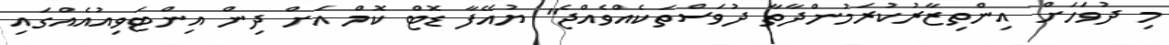
މި ދުވަހަށް އިންތިޒާރުކުރަމުންދާތާ ދުވަސްތަކެއްވެއްޖެ" ޔުއޭފާ ޑޮޓް ކޮމް އަށް ދިން އިންޓަވިއުއެއްގައި